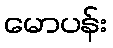
မောပန်း